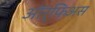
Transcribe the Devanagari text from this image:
ऑर्फिअस